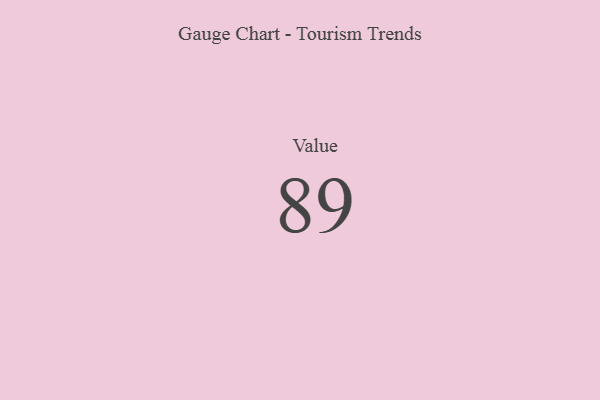
{"axis": {"x": "Metric", "y": "Value"}, "legend": [""], "data": [{"x": "Value", "y": 89, "type": ""}]}